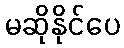
မဆိုနိုင်ပေ